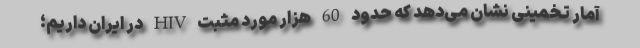
آمار تخمینی نشان می‌‌دهد که حدود 60 هزار مورد مثبت HIV در ایران داریم؛